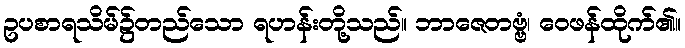
ဥပစာရသိမ်၌တည်သော ရဟန်းတို့သည်။ ဘာဇေတဗ္ဗံ၊ ဝေဖန်ထိုက်၏။